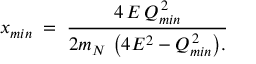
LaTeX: x _ { m i n } \; = \; { \frac { 4 \, E \, Q _ { m i n } ^ { \, 2 } } { { 2 m _ { N } \, \left( { 4 E ^ { 2 } - Q _ { m i n } ^ { \, 2 } } \right) } . } }